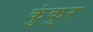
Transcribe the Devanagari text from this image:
कुंकुर